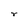
Character: r